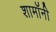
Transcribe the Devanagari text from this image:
शामॉनी